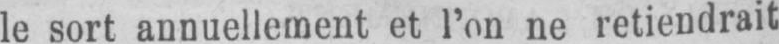
le sort annuellement et l’on ne retiendrait